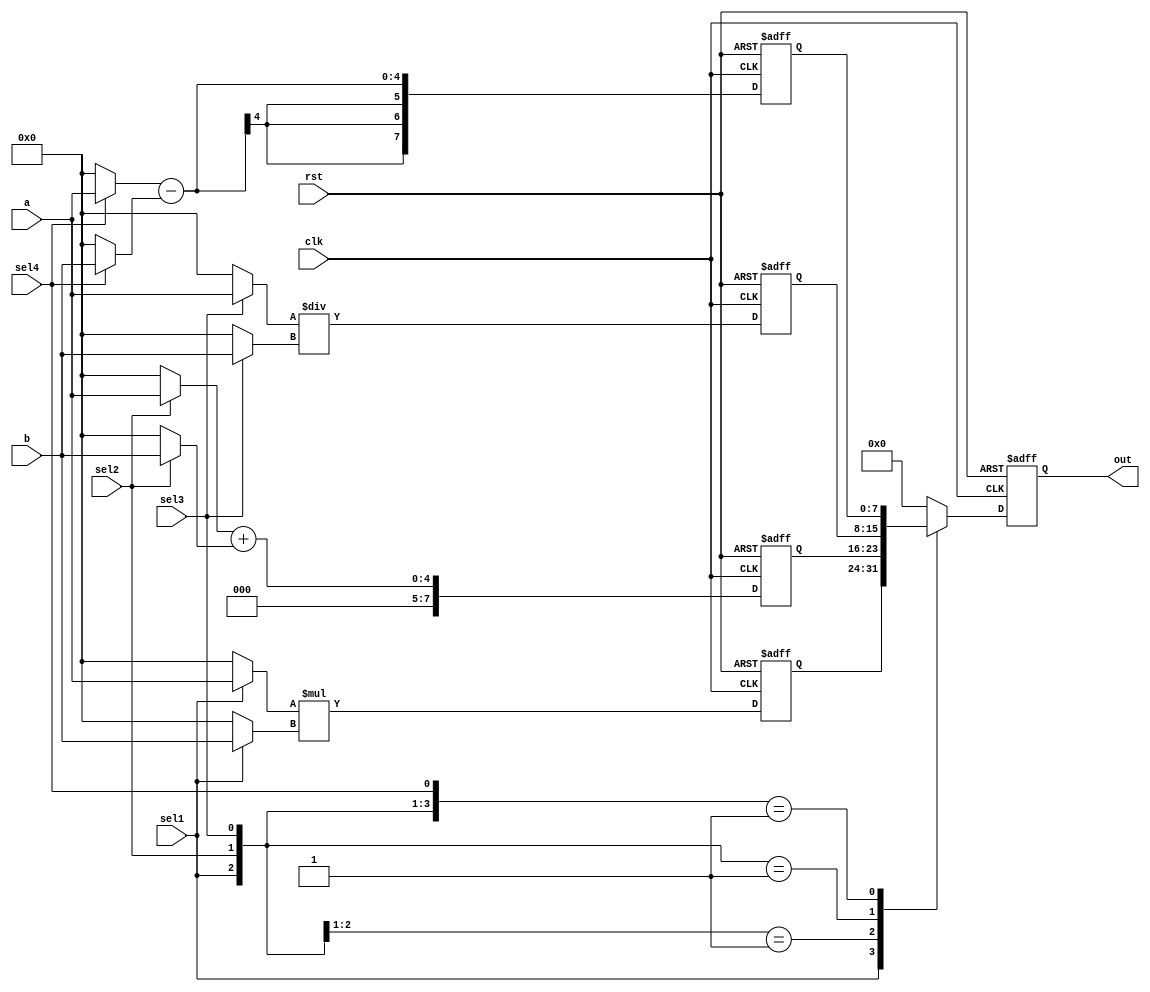
`timescale 1 ns/ 1 ps
module TOP(a,b,clk,rst,sel1,sel2,sel3,sel4,out);
input [3:0] a,b;
input clk;
input rst,sel1,sel2,sel3,sel4;
output [7:0] out;
reg [7:0] out;

reg [7:0] muxmul,muxadd,muxdiv,muxmin;

wire [3:0] a_1,b_1,a_2,b_2,a_3,b_3,a_4,b_4;

assign a_1 =  sel1? a:0;
assign b_1 =  sel1? b:0;
assign a_2 =  sel2? a:0;
assign b_2 =  sel2? b:0;
assign a_3 =  sel3? a:0;
assign b_3 =  sel3? b:0;
assign a_4 =  sel4? a:0;
assign b_4 =  sel4? b:0;





always @(posedge clk or negedge rst)
begin
    if (!rst)
    begin
        muxmul <= 0; 
        muxadd <= 0;
        muxdiv <= 0;
        muxmin <= 0;
    end
    else 
    begin
    muxmul <= a_1*b_1;
    muxadd <= a_2+b_2;
    muxdiv <= a_3/b_3;
    muxmin <= a_4-b_4;
end
end

always @(posedge clk or negedge rst)
begin
    if (!rst)
    begin
        out <= 8'b0;
    end
    else
    begin
        casex({sel1,sel2,sel3,sel4})
            4'b1xxx:out<=muxmul;
            4'b01xx:out<=muxadd;
            4'b001x:out<=muxdiv;
            4'b0001:out<=muxmin;
            default:out<=0;
        endcase
        end
    end

    endmodule